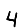
Digit: 4